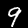
Label: 9